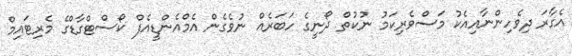
އެގާރަ ދިވެހިންނާއިއެކު މަސްވެރިކަމު ނުކުތް ދޯނީގެ ހަބަރެއް ނުވެގެން އެމްއެންޑީއެފް ކޯސްޓްގާޑްގެ މެރިޓައިމް